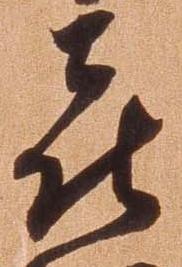
喜